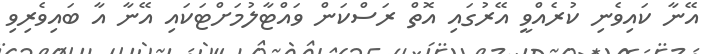
އޭނާ ކައިވެނި ކުރެއްވީ އޭރުގައި އޮތް ރަސްކަން ވައްޓާލުމަށްޓަކައި އޭނާ އާ ބައިވެރިވި